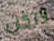
ولكن